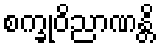
စက္ခုဝိညာဏန္တိ